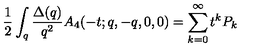
\frac { 1 } { 2 } \int _ { q } \frac { \Delta ( q ) } { q ^ { 2 } } A _ { 4 } ( - t ; q , - q , 0 , 0 ) = \sum _ { k = 0 } ^ { \infty } t ^ { k } P _ { k }